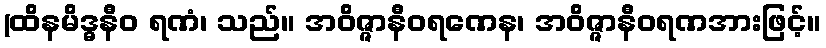
(ထိနမိဒ္ဓနီဝ ရဏံ၊ သည်။ အဝိဇ္ဇာနီဝရဏေန၊ အဝိဇ္ဇာနီဝရဏအားဖြင့်။